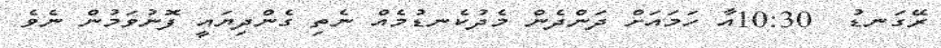
ރޭގަނޑު  10:30އާ ހަމައަށް ދަންދެން މެދުކެނޑުމެއް ނެތި ގެންދިޔައީ ފޮނުވަމުން ނެވެ